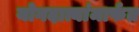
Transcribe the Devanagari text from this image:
योगदात्यांमार्फत